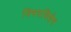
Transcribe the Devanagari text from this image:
विषयविशेष